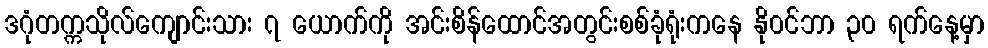
ဒဂုံတက္ကသိုလ်ကျောင်းသား ၇ ယောက်ကို အင်းစိန်ထောင်အတွင်းစစ်ခုံရုံးကနေ နို၀င်ဘာ ၃၀ ရက်နေ့မှာ